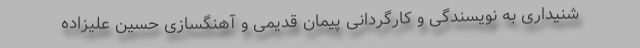
شنیداری به نویسندگی و کارگردانی پیمان قدیمی و آهنگسازی حسین علیزاده